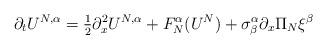
LaTeX: \begin{align*}\partial_tU^{N,\alpha}=\tfrac{1}{2}\partial_x^2U^{N,\alpha}+F_N^\alpha(U^N)+\sigma_\beta^\alpha\partial_x\Pi_N\xi^\beta\end{align*}